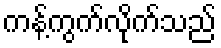
ကန့်ကွက်လိုက်သည်